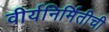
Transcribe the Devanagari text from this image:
वीर्यनिर्मितीची